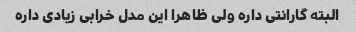
البته گارانتی داره ولی ظاهرا این مدل خرابی زیادی داره